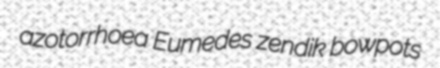
azotorrhoea Eumedes zendik bowpots